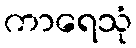
ကာရေသုံ